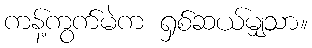
ကန့်ကွက်မဲက ရှစ်ဆယ်မျှသာ။